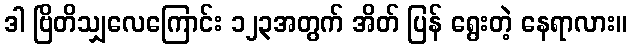
ဒါ ဗြိတိသျှလေကြောင်း ၁၂၃အတွက် အိတ် ပြန် ရွေးတဲ့ နေရာလား။